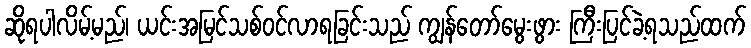
ဆိုရပါလိမ့်မည်၊ ယင်းအမြင်သစ်ဝင်လာရခြင်းသည် ကျွန်တော်မွေးဖွား ကြီးပြင်ခဲ့ရသည်ထက်